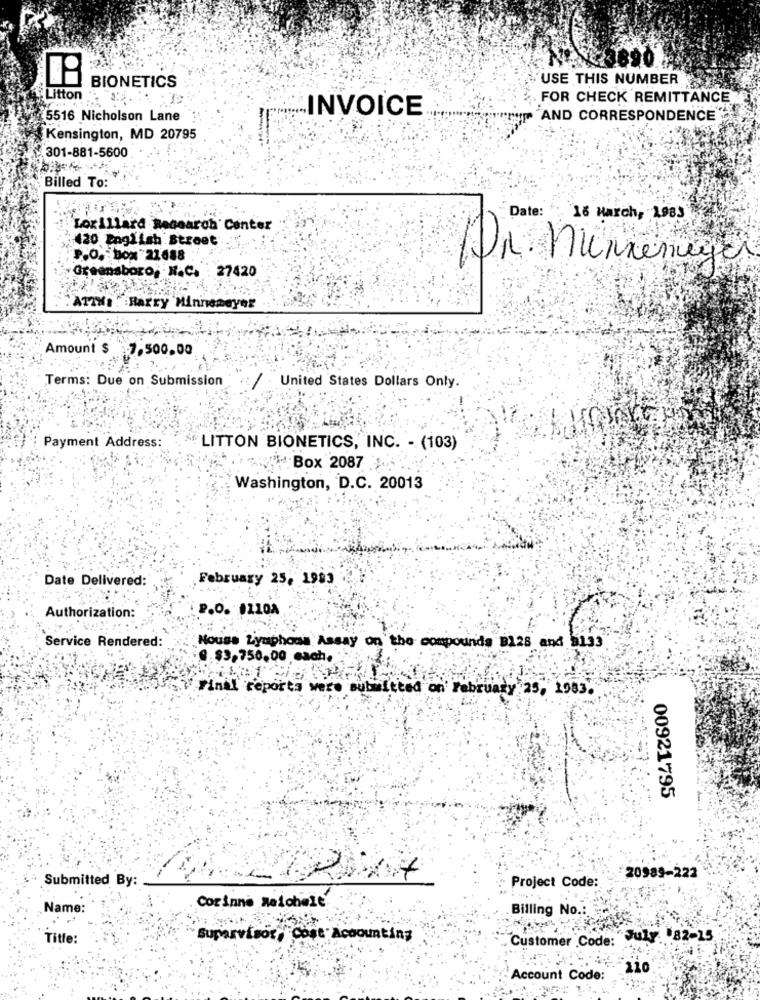
USE THIS NUMBER
BIONETICS
Litton , was le
FOR CHECK REMITTANCE
5516 Nicholson Lane
INVOICE
AND CORRESPONDENCE
Kensington, MD 20795
301-881-5600
Billed To:
Date:
16 March, 1983
Lorillard Research Center
: 420 English Street
P.O. box 21688
Dr. Munnenuger
Greensboro; N.C. : 27420
."ATTHE . Harry Minnemeyer
Amount $
7.500.00
Terms: Due on Submission
United States Dollars Only.
Payment Address:
LITTON BIONETICS, INC. - (103)
Box 2087 .
Washington, D.C. 20013
Date Delivered:
February 25, 1993
P.O. #210A
Authorization:
Service Rendered:
Nouss Lysiphons Assay on the compounds B128 and 3133
8.83,750.00 each.
Final reporta were submitted on February 25, 1983.
00921795
Submitted By:
20989-222
Project Code:
Name
Corinne Reichale
Billing No .:
Title:
Supervisor, Cost Accounting
Customer Code: 7. 82-15
Account Code: